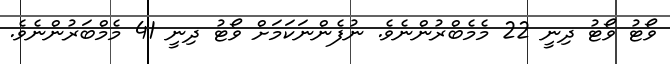
ވޯޓު ވޯޓު ދިނީ 22 މެމެބްރުންނެވެ. ނުފެންނަކަމަށް ވޯޓު ދިނީ 41 މެމްބަރުންނެވެ.